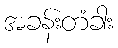
အခန်းတံခါး